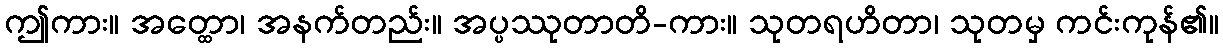
ဤကား။ အတ္ထော၊ အနက်တည်း။ အပ္ပဿုတာတိ-ကား။ သုတရဟိတာ၊ သုတမှ ကင်းကုန်၏။